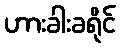
ဟားခါးခရိုင်